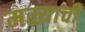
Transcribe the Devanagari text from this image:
मळ्याची